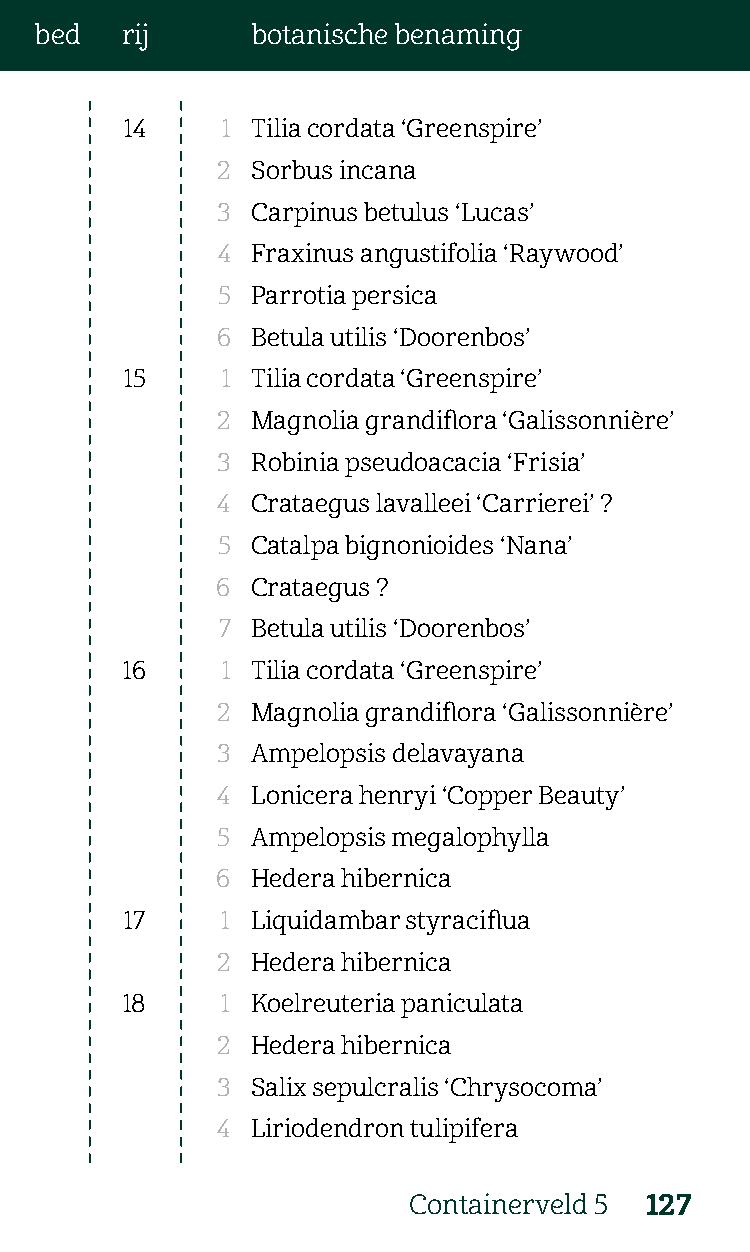
bed   rij      botanische benaming
 14     1 Tilia cordata ‘Greenspire’
 2  Sorbus incana
 3  Carpinus betulus ‘Lucas’
 4  Fraxinus angustifolia ‘Raywood’
 5  Parrotia persica
 6  Betula utilis ‘Doorenbos’
 15     1 Tilia cordata ‘Greenspire’
 2  Magnolia grandiflora ‘Galissonnière’
 3  Robinia pseudoacacia ‘Frisia’
 4  Crataegus lavalleei ‘Carrierei’ ?
 5  Catalpa bignonioides ‘Nana’
 6  Crataegus ?
 7  Betula utilis ‘Doorenbos’
 16     1 Tilia cordata ‘Greenspire’
 2  Magnolia grandiflora ‘Galissonnière’
 3  Ampelopsis delavayana
 4  Lonicera henryi ‘Copper Beauty’
 5  Ampelopsis megalophylla
 6  Hedera hibernica
 17     1 Liquidambar styraciflua
 2  Hedera hibernica
 18     1 Koelreuteria paniculata
 2  Hedera hibernica
 3  Salix sepulcralis ‘Chrysocoma’
 4  Liriodendron tulipifera
 Containerveld 5 127